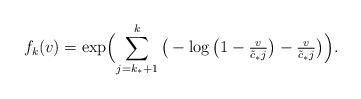
LaTeX: \begin{align*}f_k(v) = \exp \Bigl( \sum_{j = k_*+1}^{k}\big( -\log\big(1-\tfrac{v}{\tilde{c}_*j} \big) - \tfrac{v}{\tilde{c}_*j} \big) \Bigr).\end{align*}